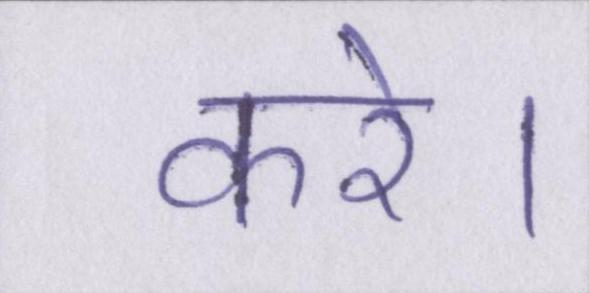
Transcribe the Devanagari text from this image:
करे।